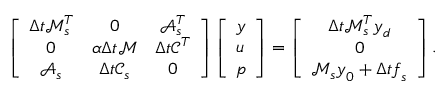
\left[ \begin{array} { c c c } { \Delta t \mathcal { M } _ { s } ^ { T } } & { 0 } & { \mathcal { A } _ { s } ^ { T } } \\ { 0 } & { \alpha \Delta t \mathcal { M } } & { \Delta t \mathcal { C } ^ { T } } \\ { \mathcal { A } _ { s } } & { \Delta t \mathcal { C } _ { s } } & { 0 } \end{array} \right] \left[ \begin{array} { l } { \boldsymbol { y } } \\ { \boldsymbol { u } } \\ { \boldsymbol { p } } \end{array} \right] = \left[ \begin{array} { c } { \Delta t \mathcal { M } _ { s } ^ { T } \boldsymbol { y } _ { d } } \\ { 0 } \\ { \mathcal { M } _ { s } \boldsymbol { y } _ { 0 } + \Delta t \boldsymbol { f } _ { s } } \end{array} \right] .